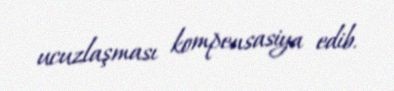
ucuzlaşması kompensasiya edib.